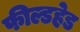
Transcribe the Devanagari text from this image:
फील्डहेड